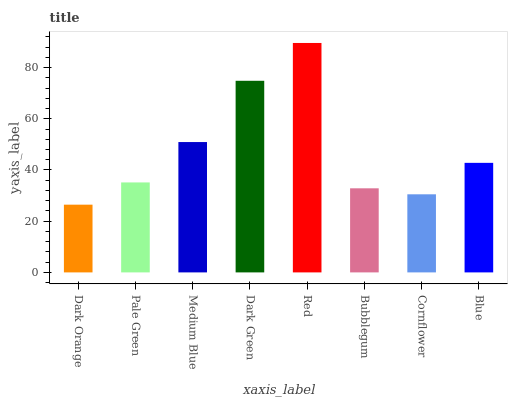
| xaxis_label | bars |
 | --- | --- |
 | Dark Orange | 26.5 |
 | Pale Green | 35.1 |
 | Medium Blue | 50.9 |
 | Dark Green | 74.8 |
 | Red | 89.6 |
 | Bubblegum | 32.8 |
 | Cornflower | 30.5 |
 | Blue | 42.8 |